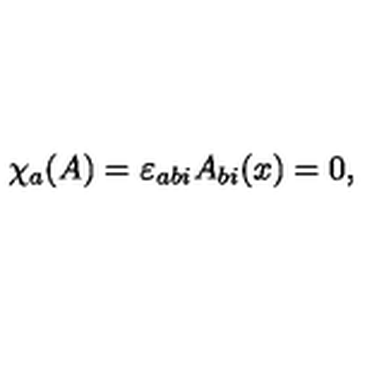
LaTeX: \chi _ { a } ( A ) = \varepsilon _ { a b i } A _ { b i } ( x ) = 0 ,